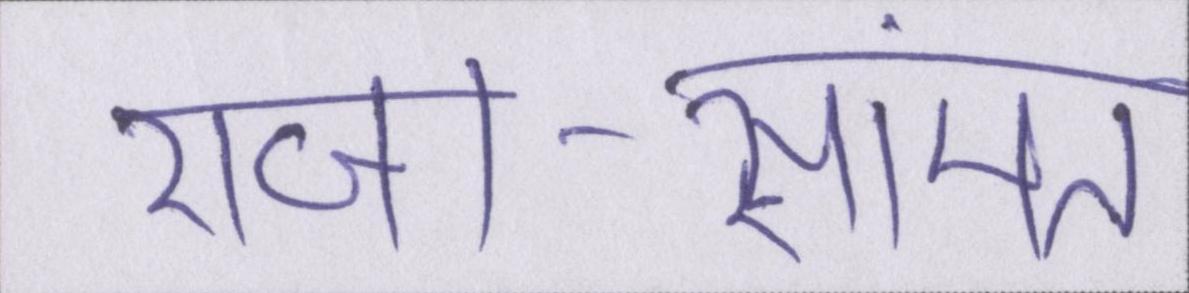
राजा-सामंत